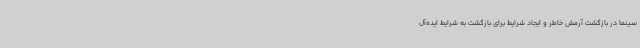
سینما در بازگشت آرمش خاطر و ایجاد شرایط برای بازگشت به شرایط ایده‌آل